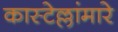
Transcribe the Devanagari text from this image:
कास्टेल्लांमारे